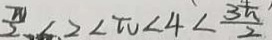
\frac { \pi } { 2 } < 2 < \pi < 4 < \frac { 3 \pi } { 2 }